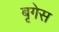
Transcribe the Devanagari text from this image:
बृगेस